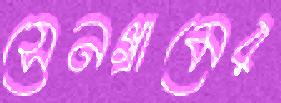
সেনগ্রামের